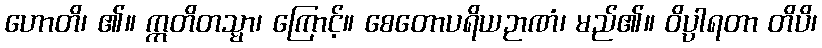
ဟောတိ၊ ၏။ ဣတိတသ္မာ၊ ကြောင့်။ စေတောပရိယဉာဏံ၊ မည်၏။ ဝိပ္ပါရတာ တိပိ၊